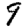
Digit: 9